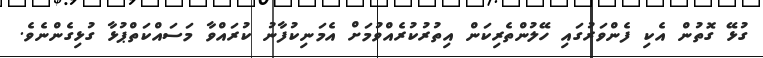
ގުޅޭ ގޮތުން އެކި ފެންވަރުގައި ހޭލުންތެރިކަން އިތުރުކުރެއްވުމަށް އެމަނިކުފާނު ކުރައްވާ މަސައްކަތްޕުޅާ ގުޅިގެންނެވެ.